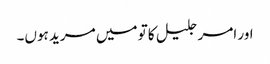
اور امر جلیل کا تو میں مرید ہوں۔